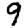
Digit: 9